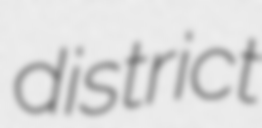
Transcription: district